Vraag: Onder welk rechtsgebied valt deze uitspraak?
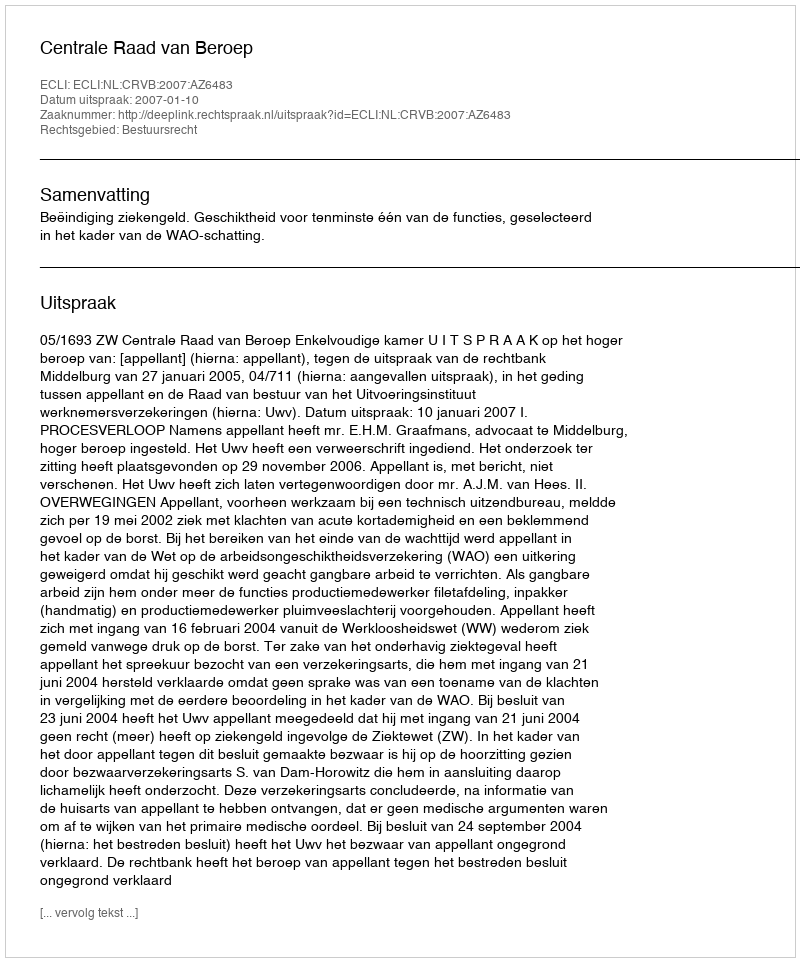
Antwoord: Bestuursrecht